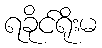
ရခိုင်ရိုးမ